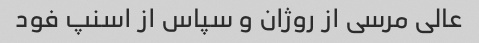
عالی مرسی از روژان و سپاس از اسنپ فود